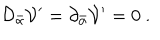
{ \cal D } _ { \bar { \alpha } } { \cal V } ^ { \prime } = \partial _ { \bar { \alpha } } { \cal V } ^ { \prime } = 0 \ .